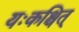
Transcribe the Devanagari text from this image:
यःकश्चित्